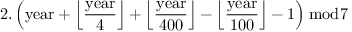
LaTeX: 2 . \left( { \mathrm { y e a r } } + { \Big \lfloor } { \frac { \mathrm { y e a r } } { 4 } } { \Big \rfloor } + { \Big \lfloor } { \frac { \mathrm { y e a r } } { 4 0 0 } } { \Big \rfloor } - { \Big \lfloor } { \frac { \mathrm { y e a r } } { 1 0 0 } } { \Big \rfloor } - 1 \right) { \bmod { 7 } }